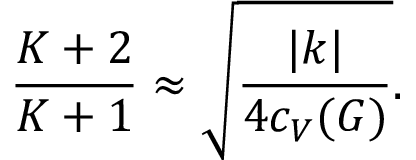
{ \frac { { \cal K } + 2 } { { \cal K } + 1 } } \approx \sqrt { \frac { | k | } { 4 c _ { V } ( G ) } } .